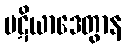
ပဋိယာဒေတွာန